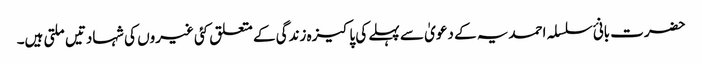
حضرت بانئ سلسلہ احمدیہ کے دعویٰ سے پہلے کی پاکیزہ زندگی کے متعلق کئی غیروں کی شہادتیں ملتی ہیں۔